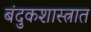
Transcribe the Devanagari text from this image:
बंदुकशास्त्रात